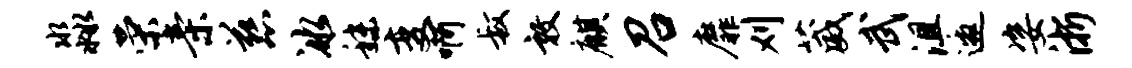
淼荣亲慈冰秣变啊叔敦麒召靡刈葳武沮邀姿浙